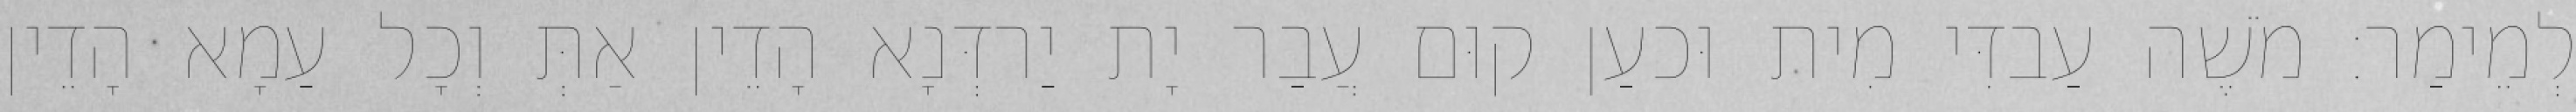
לְמֵימַר׃ מֹשֶׁה עַבדִּי מִית וּכעַן קוּם עֲבַר יָת יַרדְּנָא הָדֵין אַתְּ וְכָל עַמָא הָדֵין